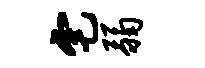
宅弱